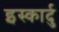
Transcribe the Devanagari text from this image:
इस्कार्दु